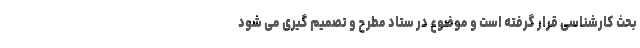
بحث کارشناسی قرار گرفته است و موضوع در ستاد مطرح و تصمیم گیری می شود